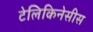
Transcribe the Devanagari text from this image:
टेलिकिनेसीस